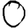
Digit: 0